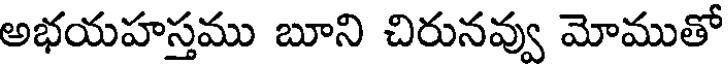
అభయహస్తము బూని చిరునవ్వు మోముతో